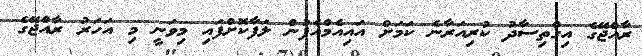
ރާއްޖޭގެ އިގްތިސާދު ކުރިއަރާނެ ކަމަށް އައިއެމްއެފުން ލަފާކޮށްފައި މިވަނީ މި އަހަރު ރާއްޖޭގެ